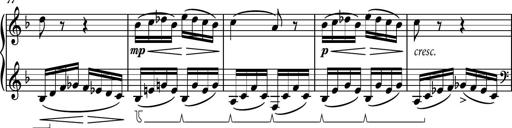
Title: Piano Sonatina No.8
Composer: Dimitri Sykias
Key: F major